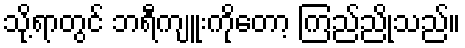
သို့ရာတွင် ဘရီကျူးကိုတော့ ကြည်ညိုသည်။